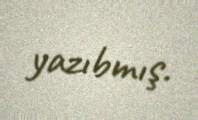
yazıbmış.